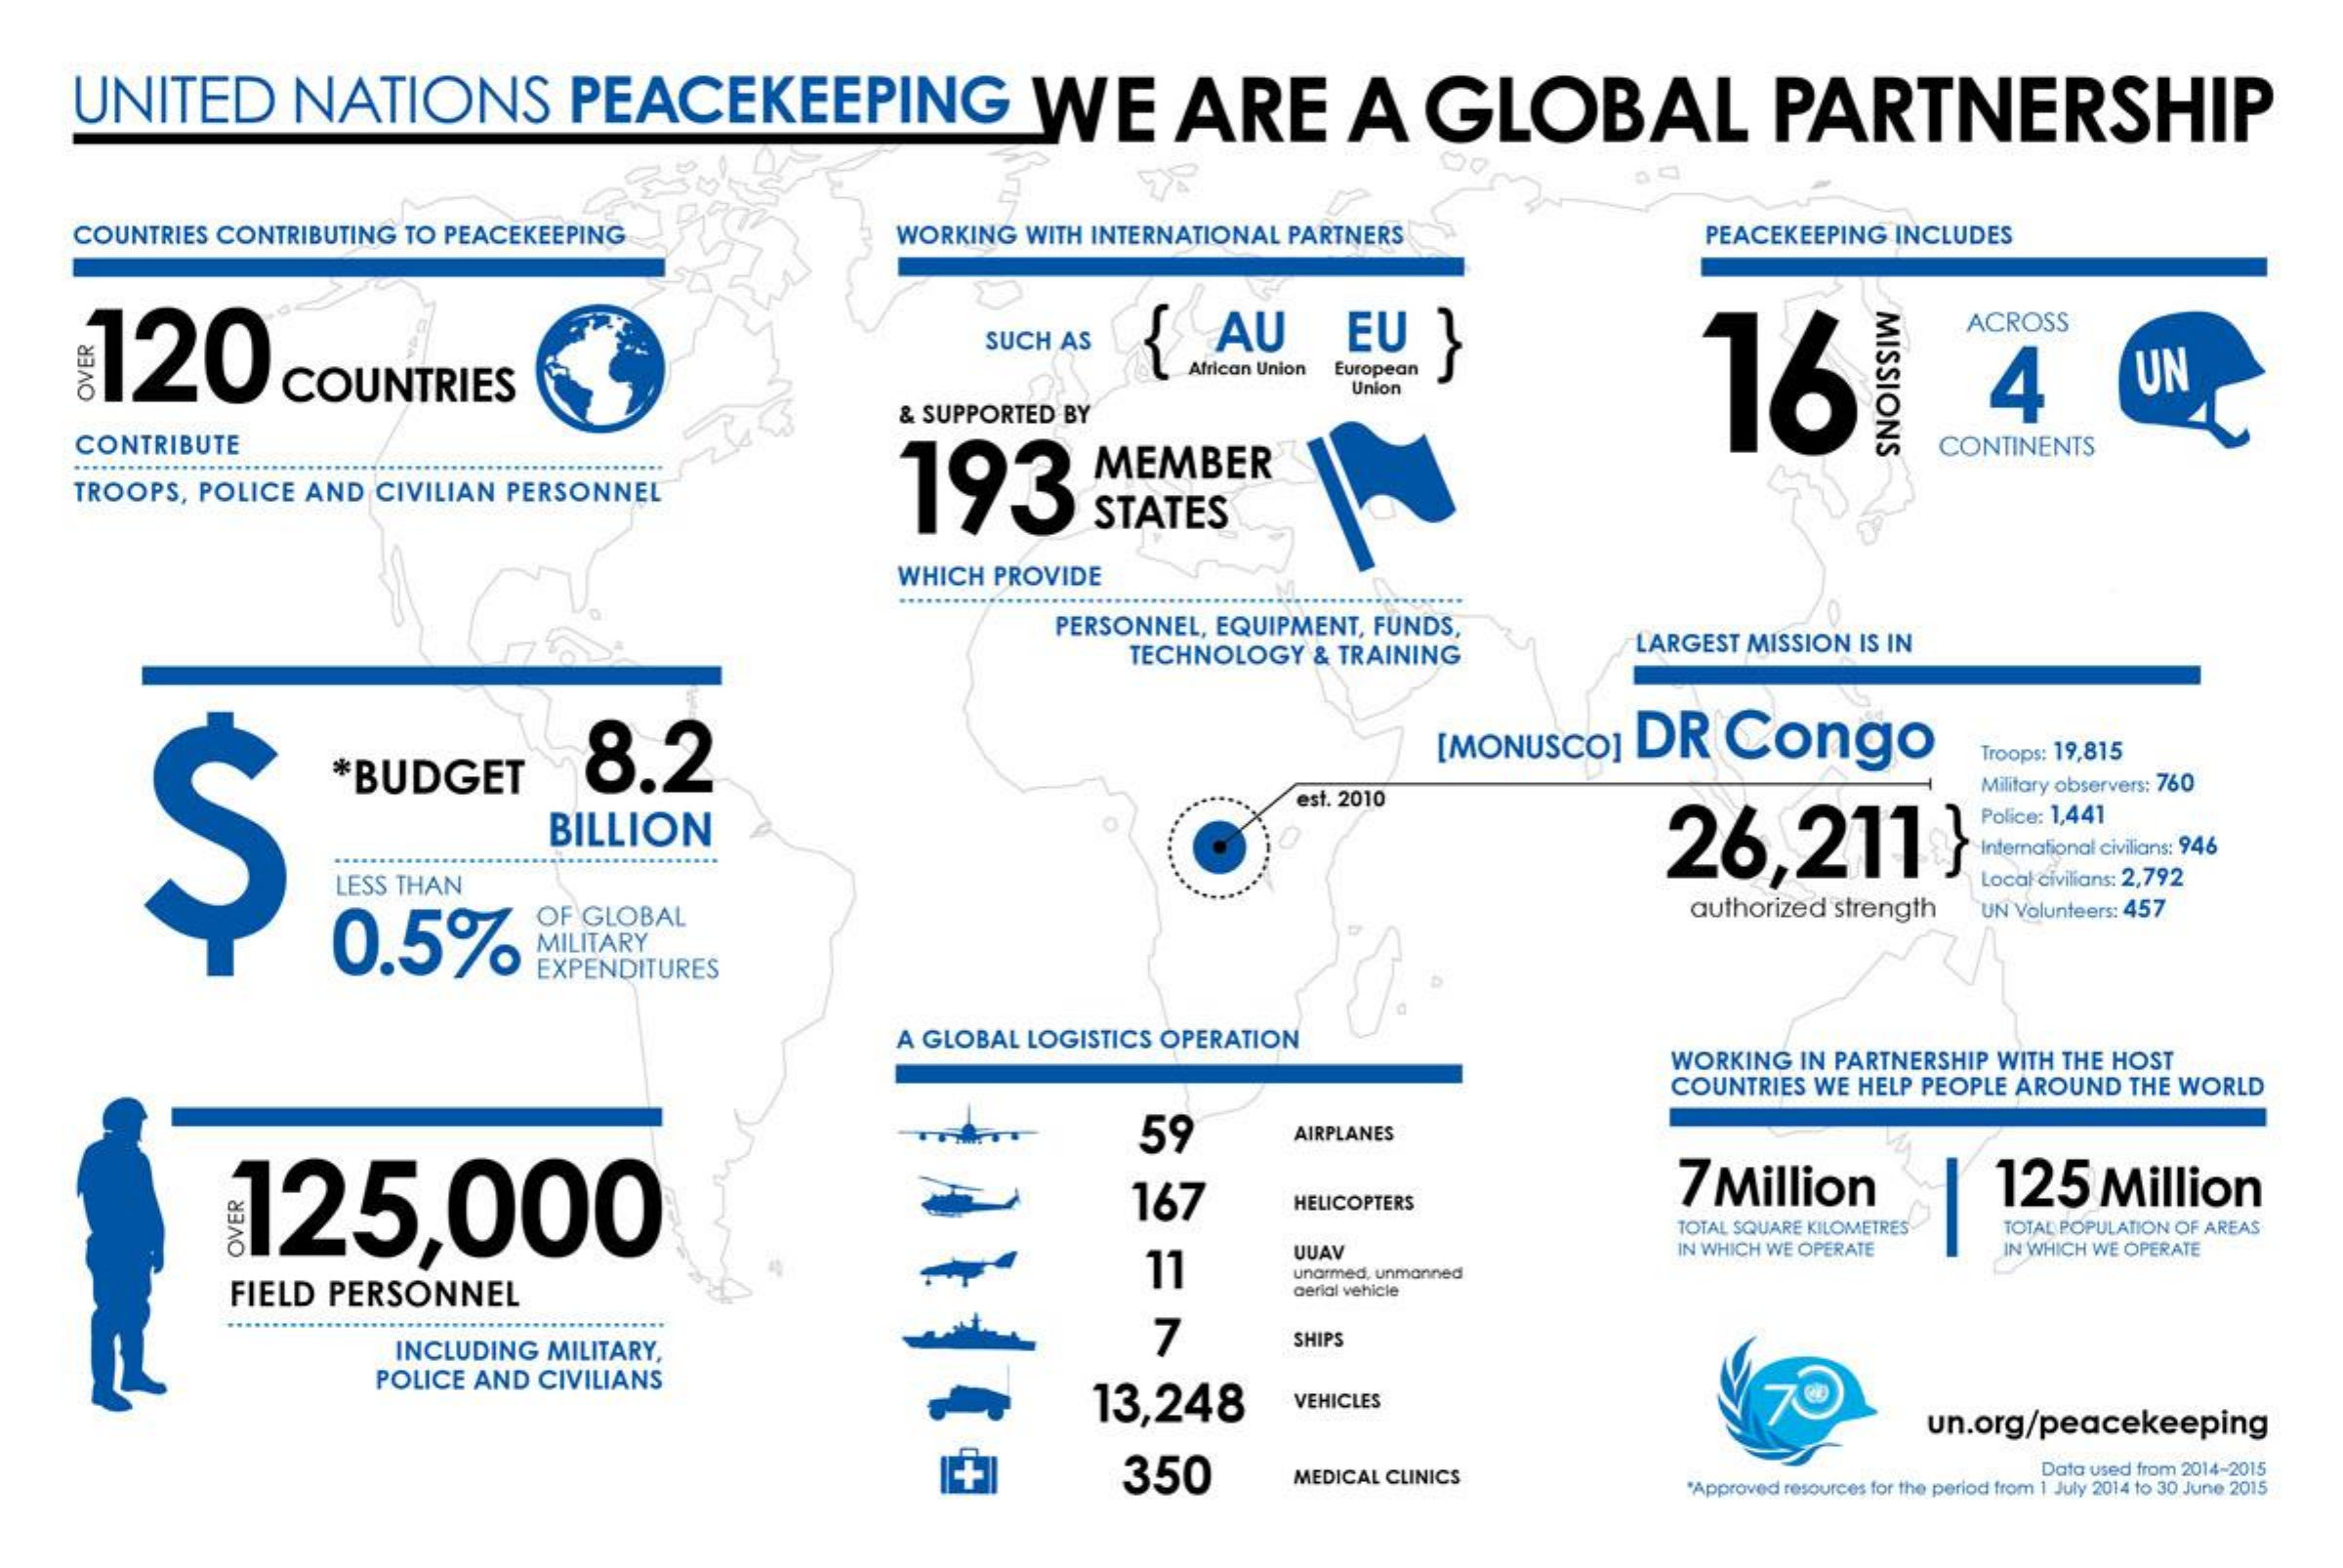
UNITED   NATIONS    PEACEKEEPING    WE    ARE    A  GLOBAL    PARTNERSHIP
    COUNTRIES CONTRIBUTING TO PEACEKEEPING WORKING WITH INTERNATIONAL PARTNERS PEACEKEEPING INCLUDES
    120    MISSIONS
     SUCH AS
     COUNTRIES
     AU   EU
     16
     ACROSS
     African Union European
     4    UN
     Union
     & SUPPORTED BY
    CONTRIBUTE
     193
     MEMBER
     CONTINENTS
    TROOPS, POLICE AND CIVILIAN PERSONNEL
     STATES
     WHICH PROVIDE
     ...
     PERSONNEL, EQUIPMENT, FUNDS,
     TECHNOLOGY & TRAINING
     LARGEST MISSION IS IN
     *BUDGET    8.2    [MONUSCO] DR Congo    Troops: 19,815
     Military observers: 760
     BILLION
     est. 2010
     26,211    }
     Police: 1,441
     LESS THAN    Local civilians: 2,792
     0.5%
     OF GLOBAL    authorized strength UN Volunteers: 457
     MILITARY
     EXPENDITURES
     A GLOBAL LOGISTICS OPERATION
     WORKING IN PARTNERSHIP WITH THE HOST
     COUNTRIES WE HELP PEOPLE AROUND THE WORLD
     125,000
     59    AIRPLANES
     167    7 Million    125 Million
     HELICOPTERS
     TOTAL SQUARE KILOMETRES TOTAL POPULATION OF AREAS
     FIELD PERSONNEL
     11
     UUAV    IN WHICH WE OPERATE IN WHICH WE OPERATE
     unarmed, unmanned
     aerial vehicle
     INCLUDING MILITARY,
     7    SHIPS
     POLICE AND CIVILIANS
     13,248   VEHICLES    170
     un.org/peacekeeping
     +    350    MEDICAL CLINICS    Data used from 2014-2015
     "Approved resources for the period from 1 July 2014 to 30 June 2015